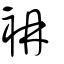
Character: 袡